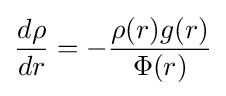
{\frac {d\rho }{dr}}=-{\frac {\rho (r)g(r)}{\Phi (r)}}